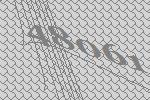
48061